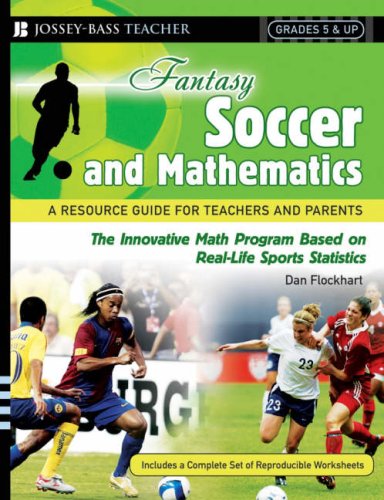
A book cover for Fantasy Soccer and Mathematics: A Resource Guide for Teachers and Parents, Grades 5 and Up; Dan Flockhart; Humor & Entertainment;